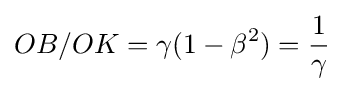
OB/OK=\gamma (1-\beta ^{2})={\frac {1}{\gamma }}